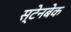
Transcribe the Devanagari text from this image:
स्टेनबेक